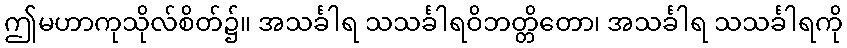
ဤမဟာကုသိုလ်စိတ်၌။ အသင်္ခါရ သသင်္ခါရဝိဘတ္တိတော၊ အသင်္ခါရ သသင်္ခါရကို